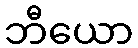
ဘီယော